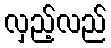
လှည့်လည်